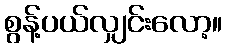
စွန့်ပယ်လျှင်းလော့။